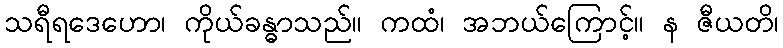
သရီရဒေဟော၊ ကိုယ်ခန္ဓာသည်။ ကထံ၊ အဘယ်ကြောင့်။ န ဇီယတိ၊